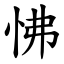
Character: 怫